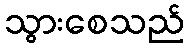
သွားစေသည်